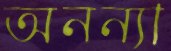
অনন্যা